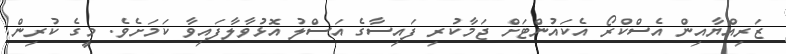
ޒަރިއްޔާއިން އެސްކްރޯ އެކައުންޓަށް ޖަމާކުރި ފައިސާގެ އަސްލު އޮޅުވާލާފައިވާ ކަމަށެވެ. މީގެ ކުރިން